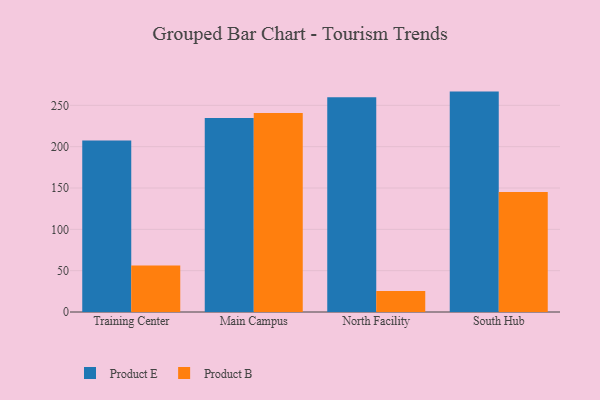
{"axis": {"x": "Campus", "y": "Humidity (%)"}, "legend": ["Product B", "Product E"], "data": [{"x": "Training Center", "y": 207.4, "type": "Product E"}, {"x": "Training Center", "y": 56.2, "type": "Product B"}, {"x": "Main Campus", "y": 234.7, "type": "Product E"}, {"x": "Main Campus", "y": 240.8, "type": "Product B"}, {"x": "North Facility", "y": 259.9, "type": "Product E"}, {"x": "North Facility", "y": 25.5, "type": "Product B"}, {"x": "South Hub", "y": 266.6, "type": "Product E"}, {"x": "South Hub", "y": 145.3, "type": "Product B"}]}